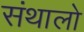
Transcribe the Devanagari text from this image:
संथालो